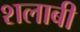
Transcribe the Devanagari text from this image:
शलाबी